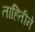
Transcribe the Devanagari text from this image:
ताहितीने